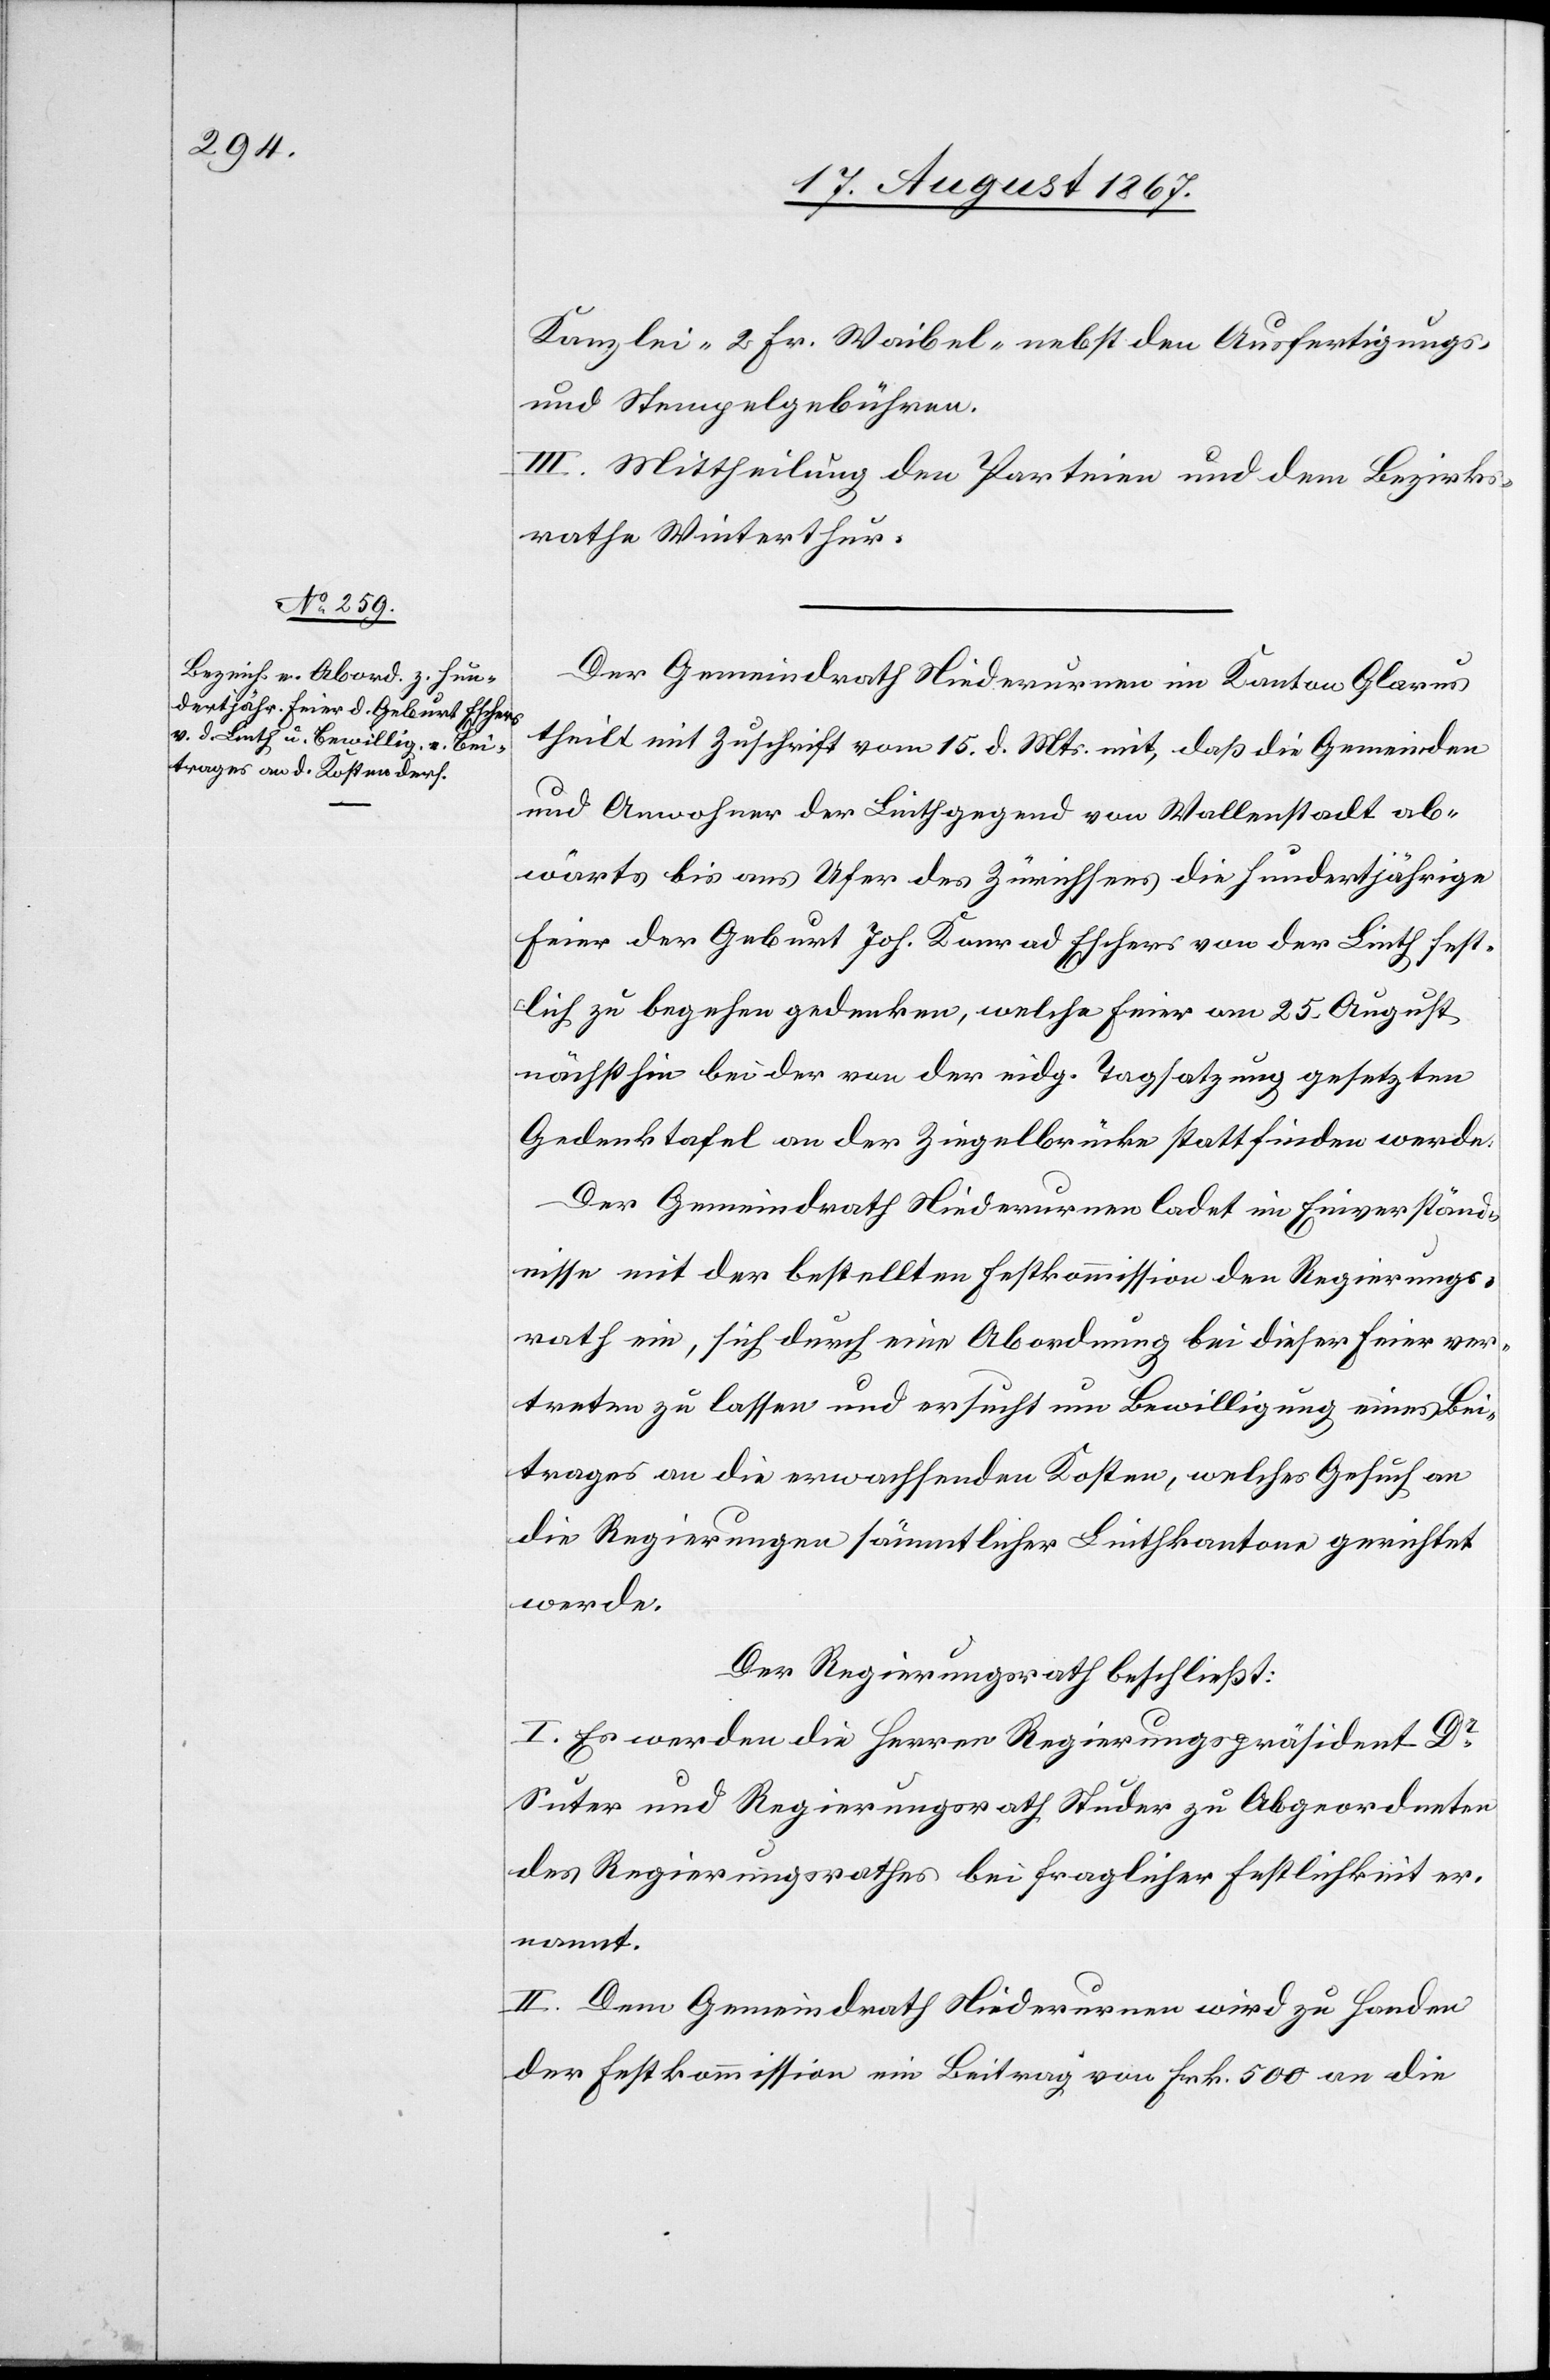
Der Gemeindrath Niederurnen im Kanton Glarus
theilt mit Zuschrift vom 15. d. Mts. mit, daß die Gemeinde
und Anwohner der Linthgegend von Wallenstadt ab¬
wärts bis ans Ufer des Zürichsees die hundertjährige
Feier der Geburt Joh. Konrad Eschers von der Linth fest¬
lich zu begehen gedenken, welche Feier am 25. August
nächsthin bei der von der eidg. Tagsatzung gesetzten
Gedenktafel an der Ziegelbrücke stattfinden werde.
Der Gemeindrath Niederurnen ladet im Einverständ¬
nisse mit der bestellten Festkommission den Regierungs¬
rath ein, sich durch eine Abordnung bei dieser Feier ver¬
treten zu lassen und ersucht um Bewilligung eine Bei¬
trages an die erwachsenden Kosten, welches Gesuch an
die Regierungen sämmtlicher Linthkantone gerichtet
werde.
Der Regierungsrath beschließt:
I. Es werden die Herren Regierungspräsident Dr.
Suter und Regierungsrath Studer zu Abgeordneten
des Regierungsrathes bei fraglicher Festlichkeit er¬
nannt.
II. Dem Gemeindrath Niederurnen wird zu Handen
der Festkommission ein Beitrag von Frk. 500 an die